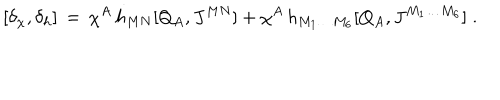
[ \delta _ { \chi } , \delta _ { h } ] \, = \, \chi ^ { A } \, h _ { M N } [ Q _ { A } , J ^ { M N } ] + \chi ^ { A } \, h _ { M _ { 1 } \ldots M _ { 6 } } [ Q _ { A } , J ^ { M _ { 1 } \ldots M _ { 6 } } ] \; .